Indian journal of veterinary science and animal husbandry - Volume 5,
Year: 1935
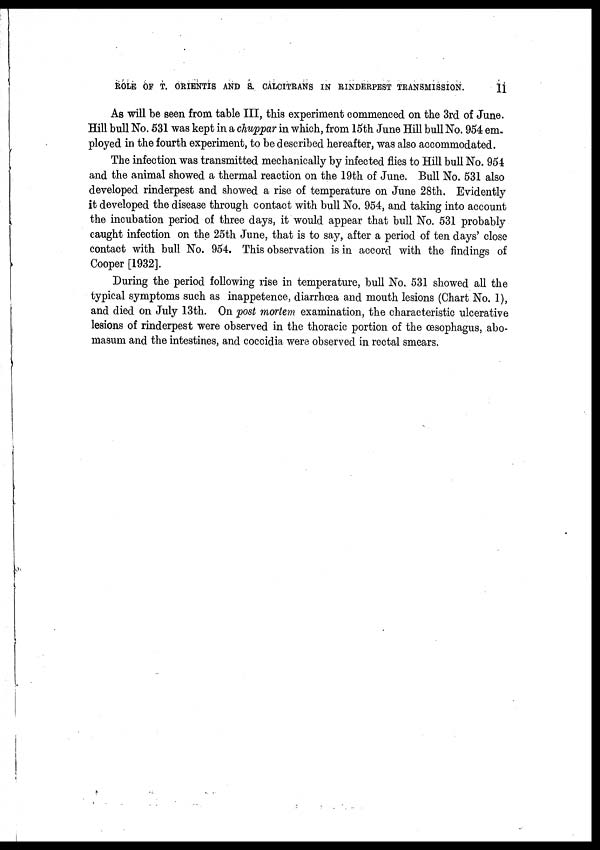
ROLE OF T. ORIENTIS AND S. CALCITRANS IN RINDERPEST TRANSMISSION.
11
As will be seen from table III, this experiment commenced on the 3rd of June.
Hill bull No. 531 was kept in a chuppar in which, from 15th June Hill bull No. 954 em¬
ployed in the fourth experiment, to be described hereafter, was also accommodated.
The infection was transmitted mechanically by infected flies to Hill bull No. 954
and the animal showed a thermal reaction on the 19th of June. Bull No. 531 also
developed rinderpest and showed a rise of temperature on June 28th. Evidently
it developed the disease through contact with bull No. 954, and taking into account
the incubation period of three days, it would appear that bull No. 531 probably
caught infection on the 25th June, that is to say, after a period of ten days' close
contact with bull No. 954. This observation is in accord with the findings of
Cooper [1932].
During the period following rise in temperature, bull No. 531 showed all the
typical symptoms such as inappetence, diarrhœa and mouth lesions (Chart No. 1),
and died on July 13th. On post mortem examination, the characteristic ulcerative
lesions of rinderpest were observed in the thoracic portion of the œsophagus, abo¬
masum and the intestines, and coccidia were observed in rectal smears.